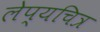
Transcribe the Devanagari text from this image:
लेप्यचित्र